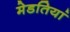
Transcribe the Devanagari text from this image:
मेडतियां